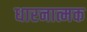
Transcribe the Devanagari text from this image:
धारनात्मक